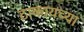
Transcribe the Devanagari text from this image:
टाकायच्या